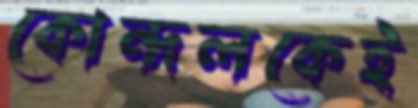
কোন্দলকেই